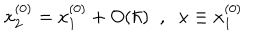
x _ { 2 } ^ { ( 0 ) } = x _ { 1 } ^ { ( 0 ) } + O ( \hbar ) \; \; , \; \; x \equiv x _ { 1 } ^ { ( 0 ) }